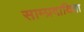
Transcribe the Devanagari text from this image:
साम्प्रदायिता